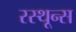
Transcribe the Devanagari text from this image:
रस्थून्स